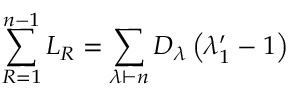
\sum _ { R = 1 } ^ { n - 1 } L _ { R } = \sum _ { \lambda \vdash n } D _ { \lambda } \left( \lambda _ { 1 } ^ { \prime } - 1 \right)